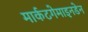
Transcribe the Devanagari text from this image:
मार्कटगेमाइनडेन